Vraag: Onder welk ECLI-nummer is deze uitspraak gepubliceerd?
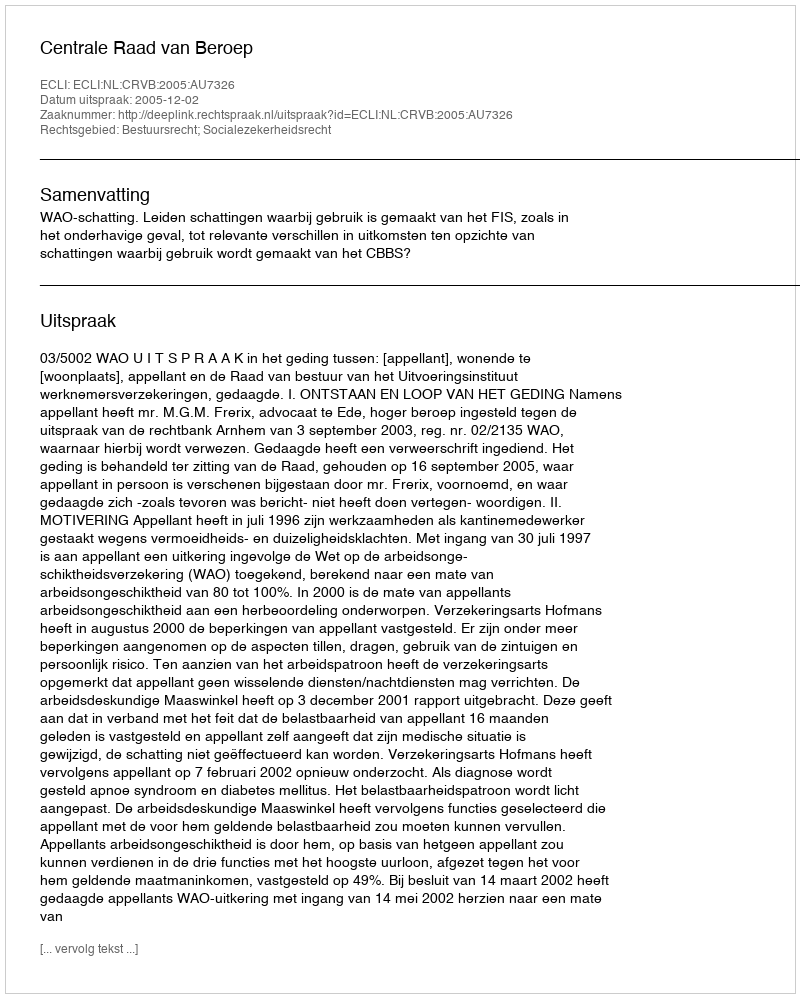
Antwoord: ECLI:NL:CRVB:2005:AU7326